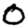
Digit: 0